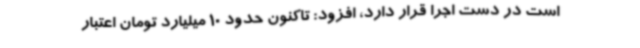
است در دست اجرا قرار دارد، افزود: تاکنون حدود 10 میلیارد تومان اعتبار